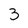
Character: 3